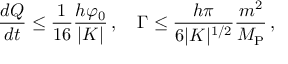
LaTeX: \frac { d Q } { d t } \leq \frac { 1 } { 1 6 } \frac { h \varphi _ { 0 } } { | K | } \, , ~ ~ ~ \Gamma \leq \frac { h \pi } { 6 | K | ^ { 1 / 2 } } \frac { m ^ { 2 } } { M _ { \mathrm { P } } } \, ,